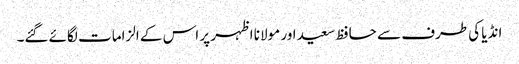
انڈیا کی طرف سے حافظ سعید اور مولانا اظہر پر اس کے الزامات لگائے گئے۔